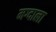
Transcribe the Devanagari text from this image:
मग्दाला